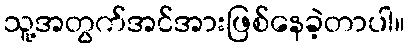
သူ့အတွက်အင်အားဖြစ်နေခဲ့တာပါ။